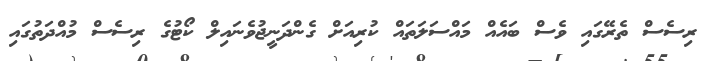
ރިސެސް ތެރޭގައި ވެސް ބައެއް މައްސަލަތައް ކުރިއަށް ގެންދަނީޖުވެނައިލް ކޯޓުގެ ރިސެސް މުއްދަތުގައި